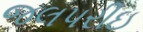
જલપરીઇ